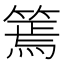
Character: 篶